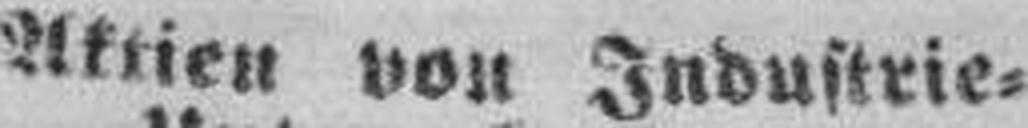
Aktien von Industrie=